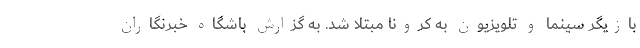
بازیگر سینما و تلویزیون به کرونا مبتلا شد. به گزارش باشگاه خبرنگاران